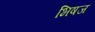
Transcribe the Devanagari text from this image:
भिषज